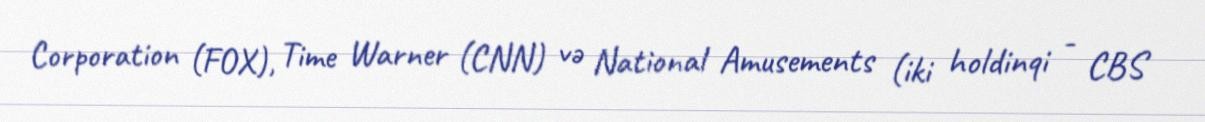
Corporation (FOX), Time Warner (CNN) və National Amusements (iki holdinqi - CBS